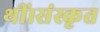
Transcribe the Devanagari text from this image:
थीं।संस्कृत